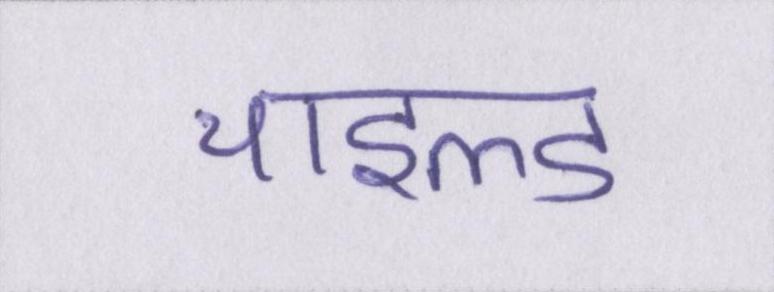
चाइल्ड